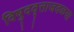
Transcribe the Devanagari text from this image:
विषुववृत्ताजवळचा